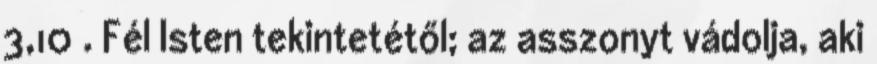
3,10 . Fél Isten tekintetétől; az asszonyt vádolja, aki